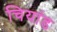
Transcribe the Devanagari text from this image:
चियांड